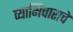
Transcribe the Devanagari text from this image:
व्याभिचाराचे